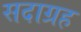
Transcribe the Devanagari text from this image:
सदाग्रह